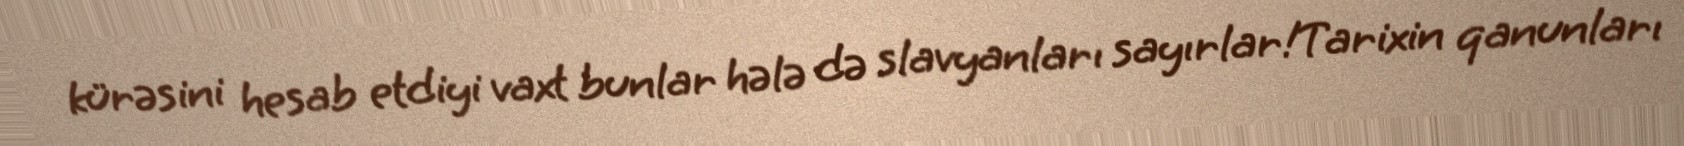
kürəsini hesab etdiyi vaxt bunlar hələ də slavyanları sayırlar!Tarixin qanunları